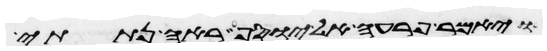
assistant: ויאמר פרעה אל יוסף ראה נתתי